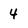
Character: 4